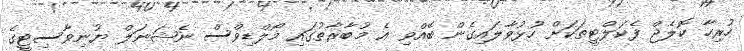
ހުރިހާ ކޮލެޖް ފެކަލްޓީތަކަށް ހުޅުވާލައިގެން ބޭއްވި އެ މުބާރާތުގައި މޯލްޑިވްސް ނެޝަނަލް ޔުނިވާސިޓީގެ